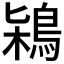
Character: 𪀶